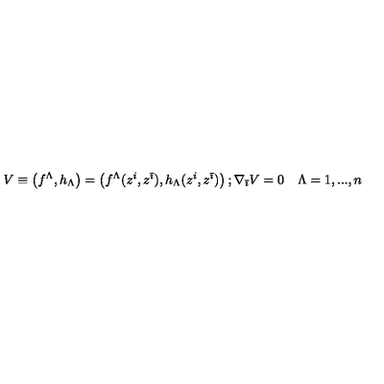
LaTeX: V \equiv \left( f ^ { \Lambda } , h _ { \Lambda } \right) = \left( f ^ { \Lambda } ( z ^ { i } , z ^ { \bar { \imath } } ) , h _ { \Lambda } ( z ^ { i } , z ^ { \bar { \imath } } ) \right) ; \nabla _ { \bar { \imath } } V = 0 \quad \Lambda = 1 , . . . , n